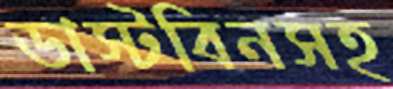
ডাস্টবিনসহ